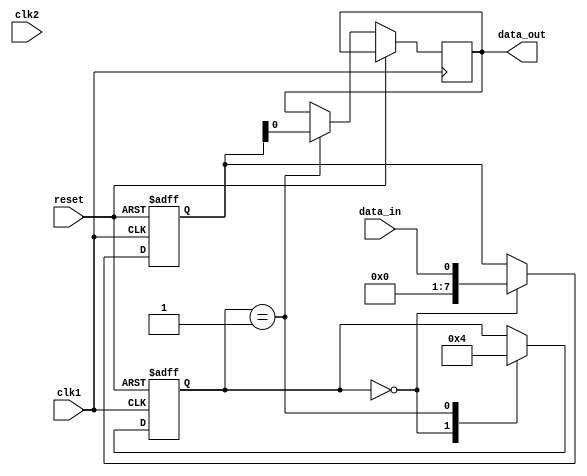
module BurstSynchronizer (
    input wire clk1,
    input wire clk2,
    input wire reset,
    input wire data_in,
    output reg data_out
);

// Define internal signals
reg [7:0] sync_data;
reg [1:0] state;

// Synchronize data from clk1 domain to clk2 domain
always @(posedge clk1 or posedge reset) begin
    if (reset) begin
        sync_data <= 8'h00;
        state <= 2'b00;
    end else begin
        case (state)
            2'b00: begin
                // Synchronize data when in initial state
                sync_data <= data_in;
                state <= 2'b01;
            end
            2'b01: begin
                // Release synchronized data with proper timing
                data_out <= sync_data;
                state <= 2'b00;
            end
        endcase
    end
end

endmodule